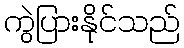
ကွဲပြားနိုင်သည်